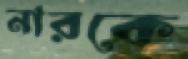
নারকে